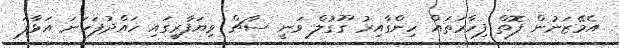
އެމޭޒަނުން ފޮތް ފިހާރަތައް ހިންގާއިރު ގޫގުލް ވަނީ ސާޗް ވިޔަފާރީގައި ހައްދުފަހަނަ އަޅާފަ